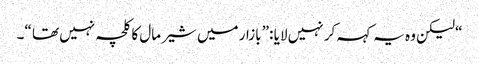
“ لیکن وہ یہ کہہ کر نہیں لایا :” بازار میں شیر مال کا کلچہ نہیں تھا “۔